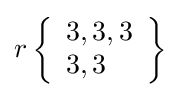
r\left\{{\begin{array}{l}3,3,3\\3,3\end{array}}\right\}